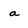
Character: a